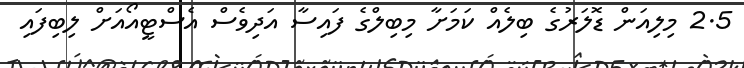
2.5 މިލިއަން ޑޮލަރުގެ ބިލެއް ކަމަށާ މިބިލްގެ ފައިސާ އަދިވެސް އެސްޓީއޯއަށް ލިބިފައި